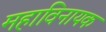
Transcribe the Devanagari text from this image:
महाविनायक